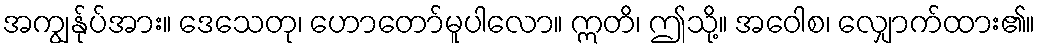
အကျွန်ုပ်အား။ ဒေသေတု၊ ဟောတော်မူပါလော။ ဣတိ၊ ဤသို့။ အဝေါစ၊ လျှောက်ထား၏။